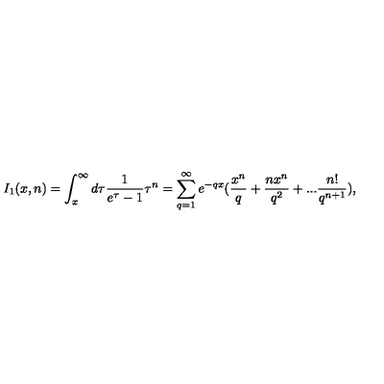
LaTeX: I _ { 1 } ( x , n ) = \int _ { x } ^ { \infty } d \tau \frac { 1 } { e ^ { \tau } - 1 } \tau ^ { n } = \sum _ { q = 1 } ^ { \infty } e ^ { - q x } ( \frac { x ^ { n } } { q } + \frac { n x ^ { n } } { q ^ { 2 } } + . . . \frac { n ! } { q ^ { n + 1 } } ) ,